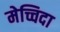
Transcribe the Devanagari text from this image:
मेच्चिदा